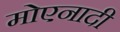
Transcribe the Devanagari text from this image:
मोएनादी